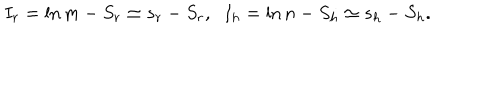
I _ { r } = \ln m - S _ { r } \simeq s _ { r } - S _ { r } , \; \; I _ { h } = \ln n - S _ { h } \simeq s _ { h } - S _ { h } .